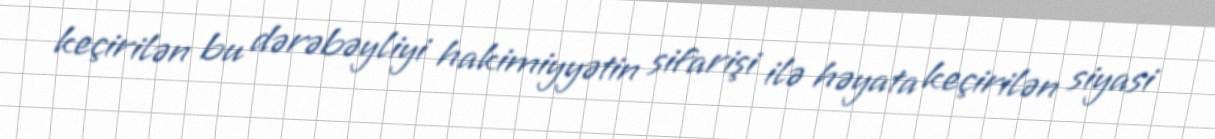
keçirilən bu dərəbəyliyi hakimiyyətin sifarişi ilə həyata keçirilən siyasi